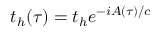
t _ { h } ( \tau ) = t _ { h } e ^ { - i A ( \tau ) / c }